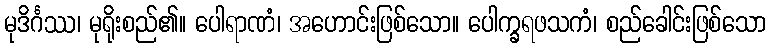
မုဒိင်္ဂဿ၊ မုရိုးစည်၏။ ပေါရာဏံ၊ အဟောင်းဖြစ်သော။ ပေါက္ခရဖသကံ၊ စည်ခေါင်းဖြစ်သော